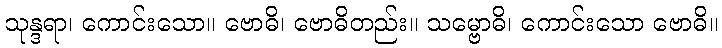
သုန္ဒရာ၊ ကောင်းသော။ ဗောဓိ၊ ဗောဓိတည်း။ သမ္ဗောဓိ၊ ကောင်းသော ဗောဓိ။